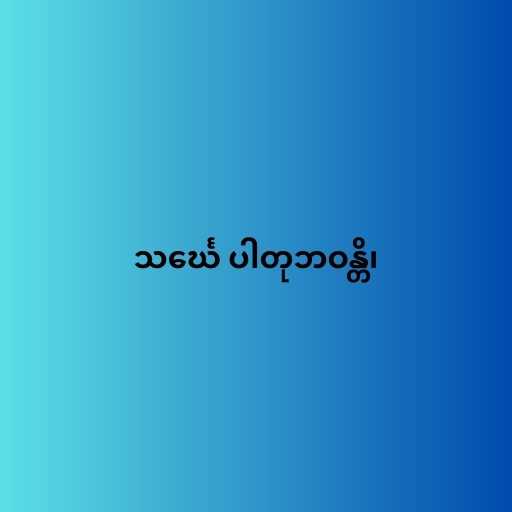
သင်္ဃေ ပါတုဘဝန္တိ၊